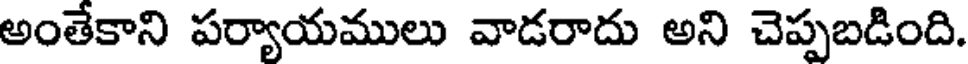
అంతేకాని పర్యాయములు వాడరాదు అని చెప్పబడింది.